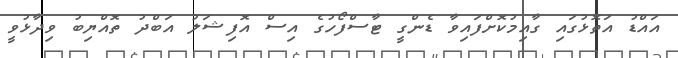
އައްޑު އަތޮޅުގައި ގާއިމުކޮށްފައިވާ ޑެންގީ ޓާސްފޯހުގެ އިސް އޮފިޝަލު އަބްދު ތޮއްޔިބު ވިދާޅުވީ